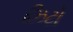
ઝિટો